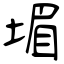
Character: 堳